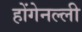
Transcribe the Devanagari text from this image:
होंगेनल्ली